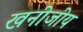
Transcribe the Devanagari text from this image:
खनीजीय